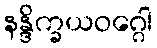
နန္ဒိက္ခယဝဂ္ဂေါ